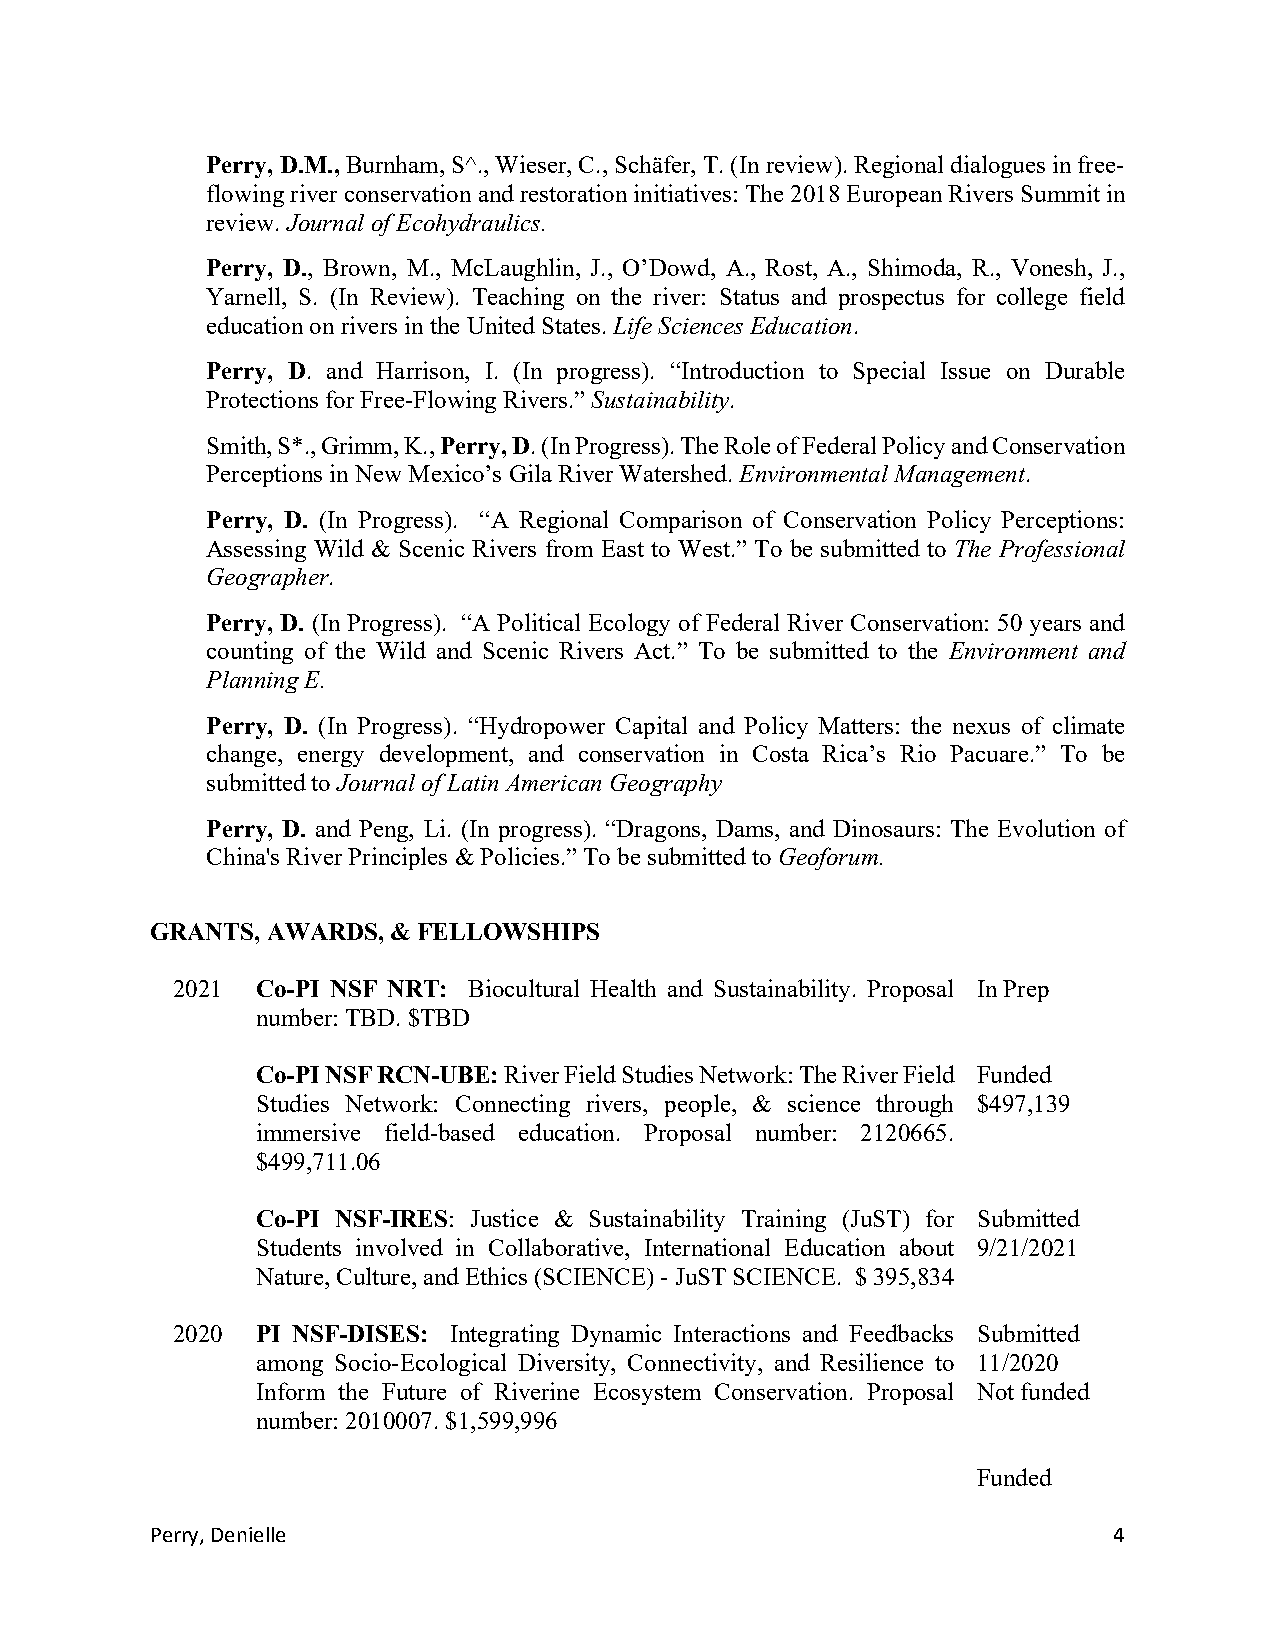
Perry, D.M., Burnham, S^., Wieser, C., Schäfer, T. (In review). Regional dialogues in free-
 flowing river conservation and restoration initiatives: The 2018 European Rivers Summit in
 review. Journal of Ecohydraulics.
 Perry, D., Brown, M., McLaughlin, J., O’Dowd, A., Rost, A., Shimoda, R., Vonesh, J.,
 Yarnell, S. (In Review). Teaching on the river: Status and prospectus for college field
 education on rivers in the United States. Life Sciences Education.
 Perry, D. and Harrison, I. (In progress). “Introduction to Special Issue on Durable
 Protections for Free-Flowing Rivers.” Sustainability.
 Smith, S*., Grimm, K., Perry, D. (In Progress). The Role of Federal Policy and Conservation
 Perceptions in New Mexico’s Gila River Watershed. Environmental Management.
 Perry, D. (In Progress). “A Regional Comparison of Conservation Policy Perceptions:
 Assessing Wild & Scenic Rivers from East to West.” To be submitted to The Professional
 Geographer.
 Perry, D. (In Progress). “A Political Ecology of Federal River Conservation: 50 years and
 counting of the Wild and Scenic Rivers Act.” To be submitted to the Environment and
 Planning E.
 Perry, D. (In Progress). “Hydropower Capital and Policy Matters: the nexus of climate
 change, energy development, and conservation in Costa Rica’s Rio Pacuare.” To be
 submitted to Journal of Latin American Geography
 Perry, D. and Peng, Li. (In progress). “Dragons, Dams, and Dinosaurs: The Evolution of
 China's River Principles & Policies.” To be submitted to Geoforum.
 GRANTS, AWARDS, & FELLOWSHIPS
 2021  Co-PI NSF NRT: Biocultural Health and Sustainability. Proposal In Prep
 number: TBD. $TBD
 Co-PI NSF RCN-UBE: River Field Studies Network: The River Field Funded
 Studies Network: Connecting rivers, people, & science through $497,139
 immersive field-based education. Proposal number: 2120665.
 $499,711.06
 Co-PI NSF-IRES: Justice & Sustainability Training (JuST) for Submitted
 Students involved in Collaborative, International Education about 9/21/2021
 Nature, Culture, and Ethics (SCIENCE) - JuST SCIENCE. $ 395,834
 2020  PI NSF-DISES: Integrating Dynamic Interactions and Feedbacks Submitted
 among Socio-Ecological Diversity, Connectivity, and Resilience to 11/2020
 Inform the Future of Riverine Ecosystem Conservation. Proposal Not funded
 number: 2010007. $1,599,996
 Funded
 Perry, Denielle                                                 4